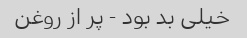
خیلی بد بود - پر از روغن